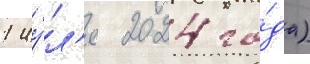
1 иу́л'я 2024 го́да)